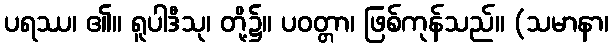
ပရဿ၊ ၏။ ရူပါဒီသု၊ တို့၌။ ပဝတ္တာ၊ ဖြစ်ကုန်သည်။ (သမာနာ၊